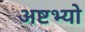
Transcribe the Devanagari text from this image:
अष्टभ्यो